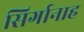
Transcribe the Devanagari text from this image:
सिर्गानाह